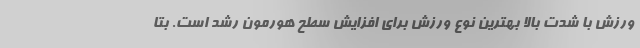
ورزش با شدت بالا بهترین نوع ورزش برای افزایش سطح هورمون رشد است. بتا